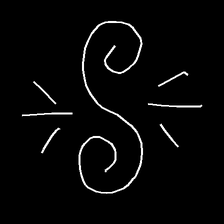
Glyph: wind-directs-air